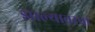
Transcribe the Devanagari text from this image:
झाल्यावरचा